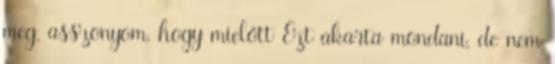
meg, asszonyom, hogy mielőtt Ezt akarta mondani, de nem